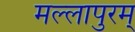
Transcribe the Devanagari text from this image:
मल्लापुरम्